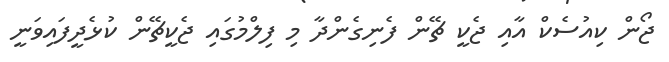
ޖޯން ކިއުސެކް އާއި ޖެކީ ޗޭން ފެނިގެންދާ މި ފިލްމުގައި ޖެކީޗޭން ކުޅެދީފައިވަނީ